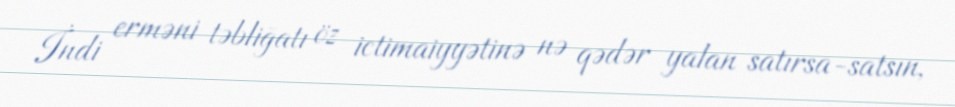
İndi erməni təbliğatı öz ictimaiyyətinə nə qədər yalan satırsa-satsın,